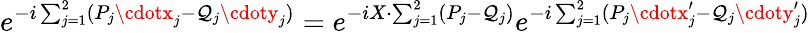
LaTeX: e^{-i\sum_{j=1}^{2}(P_{j}\cdotx_{j}-\mathcal{Q}_{j}\cdoty_{j})}=e^{-iX\cdot\sum_{j=1}^{2}(P_{j}-\mathcal{Q}_{j})}e^{-i\sum_{j=1}^{2}(P_{j}\cdotx_{j}^{\prime}-\mathcal{Q}_{j}\cdoty_{j}^{\prime})}